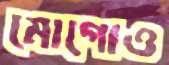
মোগোও